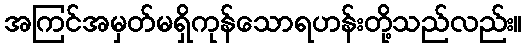
အကြင်အမှတ်မရှိကုန်သောရဟန်းတို့သည်လည်း။